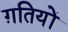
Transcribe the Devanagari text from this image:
ग़तियों